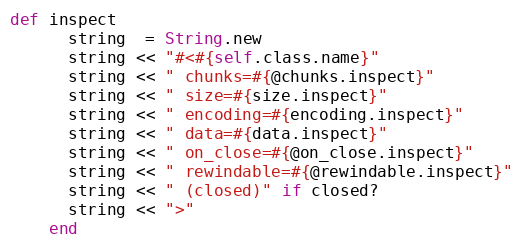
Language: Ruby
def inspect
      string  = String.new
      string << "#<#{self.class.name}"
      string << " chunks=#{@chunks.inspect}"
      string << " size=#{size.inspect}"
      string << " encoding=#{encoding.inspect}"
      string << " data=#{data.inspect}"
      string << " on_close=#{@on_close.inspect}"
      string << " rewindable=#{@rewindable.inspect}"
      string << " (closed)" if closed?
      string << ">"
    end